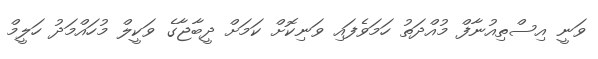
ވަނީ އިސްތިއުނާފް މުއްދަތު ހަމަވެފައި ވަނިކޮށް ކަމަށް ދީބާޖާގެ ވަކީލް މުހައްމަދު ހަލީމް